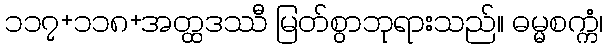
၁၁၇+၁၁၈+အတ္ထဒဿီ မြတ်စွာဘုရားသည်။ ဓမ္မစက္ကံ၊